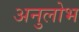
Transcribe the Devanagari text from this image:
अनुलोभ